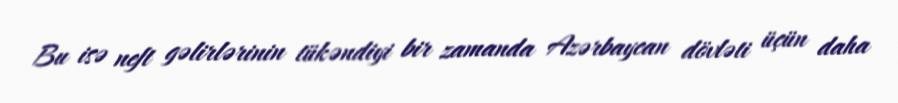
Bu isə neft gəlirlərinin tükəndiyi bir zamanda Azərbaycan dövləti üçün daha